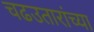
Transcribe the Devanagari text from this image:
चढउतारांच्या